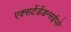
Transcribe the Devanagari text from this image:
एक्सटेंडेंडन्सईप्ले